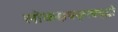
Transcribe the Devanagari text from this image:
लोकक्षयकृत्प्रवृद्धो